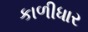
કાળીધાર